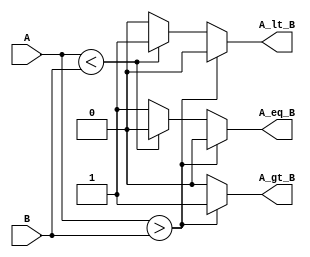
module ParameterizedComparator #(
    parameter WIDTH = 8  // Default bit-width is 8
)(
    input  wire [WIDTH-1:0] A,  // Input A
    input  wire [WIDTH-1:0] B,  // Input B
    output reg  A_gt_B,          // Output: A > B
    output reg  A_lt_B,          // Output: A < B
    output reg  A_eq_B           // Output: A == B
);

    // Combinational logic to compare A and B
    always @(*) begin
        // Initialize outputs to zero
        A_gt_B = 1'b0;
        A_lt_B = 1'b0;
        A_eq_B = 1'b0;

        // Compare A and B
        if (A > B) begin
            A_gt_B = 1'b1;  // A is greater than B
        end else if (A < B) begin
            A_lt_B = 1'b1;  // A is less than B
        end else begin
            A_eq_B = 1'b1;  // A is equal to B
        end
    end

endmodule